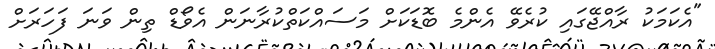
"އެކަމަކު ރާއްޖޭގައި ކުރެވޭ އެންމެ ބޮޑަކަށް މަސައްކަތްކުރާނަން އެވޯޑް ތިން ވަނަ ފަހަރަށް